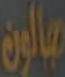
صالون